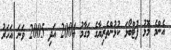
އެންމެ މޮޅު ފުޓްބޯޅަ ކުޅުންތެރިޔާގެ މަގާމު 2004 އަދި 2005 ވަނަ އަހަރު